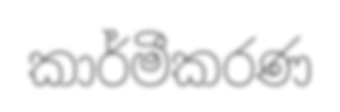
කාර්මීකරණ